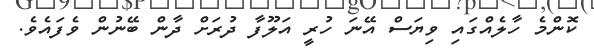
ކޮންމެ ހާލެއްގައި ވިޔަސް އޭނަ ހުރީ އަލޫފާ ދުރަށް ދާން ބޭނުން ވެފައެވެ.